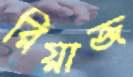
রিয়াজ